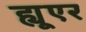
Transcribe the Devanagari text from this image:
ह्यूएर